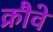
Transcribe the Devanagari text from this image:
क्रौवे